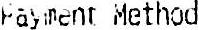
PAYMENT METHOD